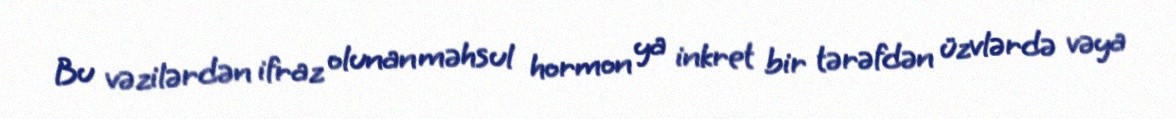
Bu vəzilərdən ifraz olunan məhsul hormon ya inkret bir tərəfdən üzvlərdə vəya